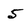
Character: 5